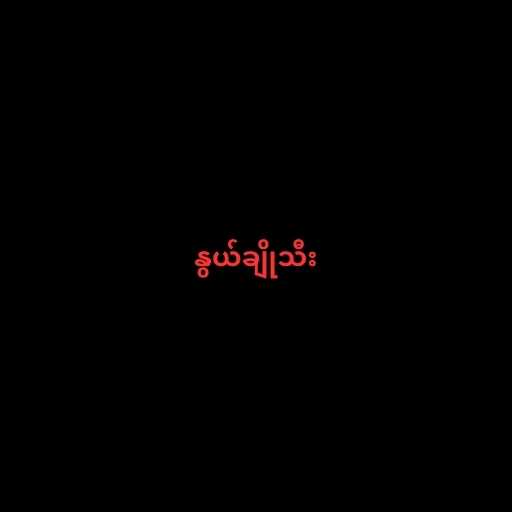
နွယ်ချိုသီး